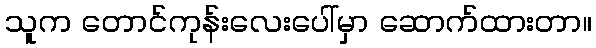
သူက တောင်ကုန်းလေးပေါ်မှာ ဆောက်ထားတာ။